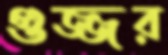
গুজ্জর